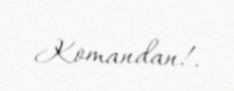
Komandan!.